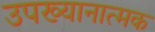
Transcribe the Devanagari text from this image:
उपख्यानात्मक